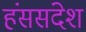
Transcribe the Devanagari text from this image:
हंससंदेश